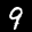
Label: 9